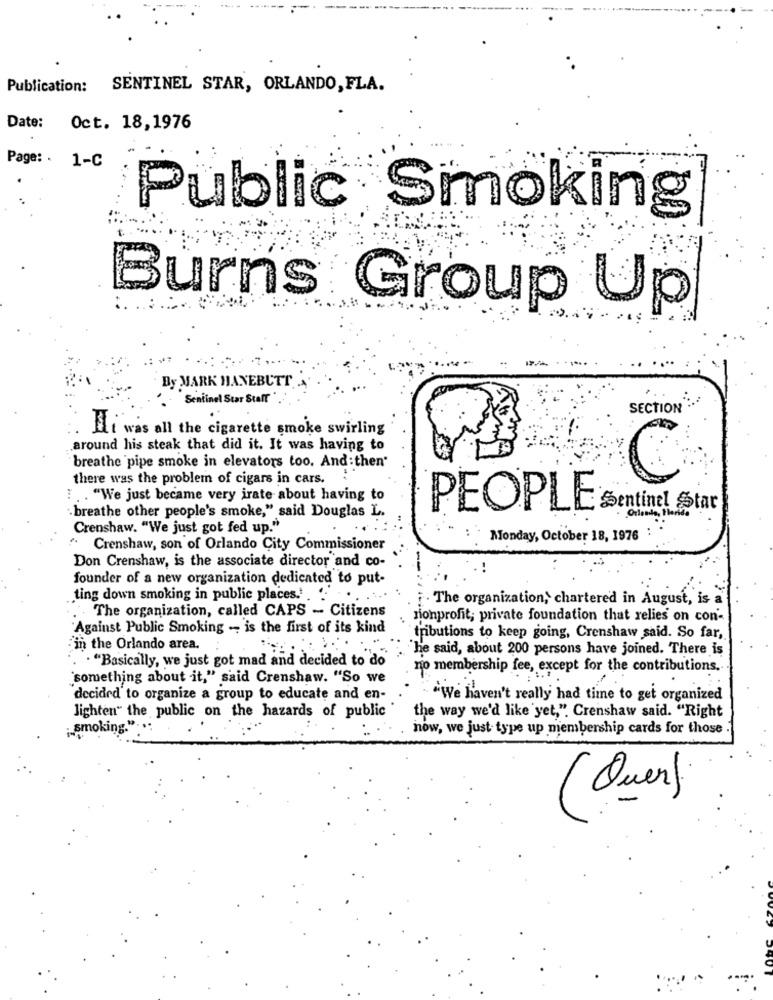
Publication: SENTINEL STAR, ORLANDO, FLA.
Date:
Oct. 18,1976
Page: .
1-C
Public Smoking
:.
Burns Group Up
By MARK HANEBUTT
Sentinel Star Staff
SECTION" :..
Ii was all the cigarette smoke swirling
around his steak that did it. It was having to
breathe pipe smoke in elevators too. And then"
there was the problem of cigars in cars.
C
... "We just became very irate about having to
PEOPLE
breathe other people's smoke," said Douglas L.
Crenshaw. "We just got fed up."
Monday, October 18, 1976
Crenshaw, son of Orlando City Commissioner
Don Crenshaw, is the associate director and co-
founder of a new organization dedicated to put-
ting down smoking in public places.' . "
. The organization, chartered in August, is a
The organization, called CAPS - Citizens
nonprofit; private foundation that relies on con-
Against Public Smoking -- is the first of its kind
tributions to keep going, Crenshaw said. So far,
in the Orlando area.
he said, about 200 persons have joined. There is
. "Basically, we just got mad and decided to do
no membership fee, except for the contributions.
'something about it," said Crenshaw. "So we
decided to organize a group to educate and en-
`We haven't really had time to get organized
lighten" the public on the hazards of public
the way we'd like yet,". Crenshaw said. "Right
smoking."
now, we just type up membership cards for those
(Quer)